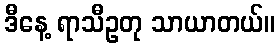
ဒီနေ့ ရာသီဥတု သာယာတယ်။